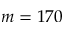
m = 1 7 0